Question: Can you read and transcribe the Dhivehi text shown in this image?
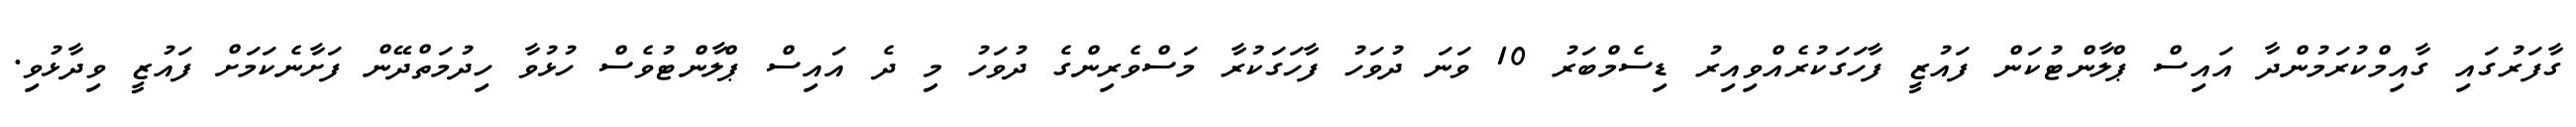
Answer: ގާފަރުގައި ގާއިމްކުރަމުންދާ އައިސް ޕްލާންޓުކަން ފައުޒީ ފާހަގަކުރެއްވިއިރު ޑިސެމްބަރު 10 ވަނަ ދުވަހު ފާހަގަކުރާ މަސްވެރިންގެ ދުވަހު މި ދެ އައިސް ޕްލާންޓުވެސް ހުޅުވާ ހިދުމަތްދޭން ފަށާނެކަމަށް ފައުޒީ ވިދާޅުވި.